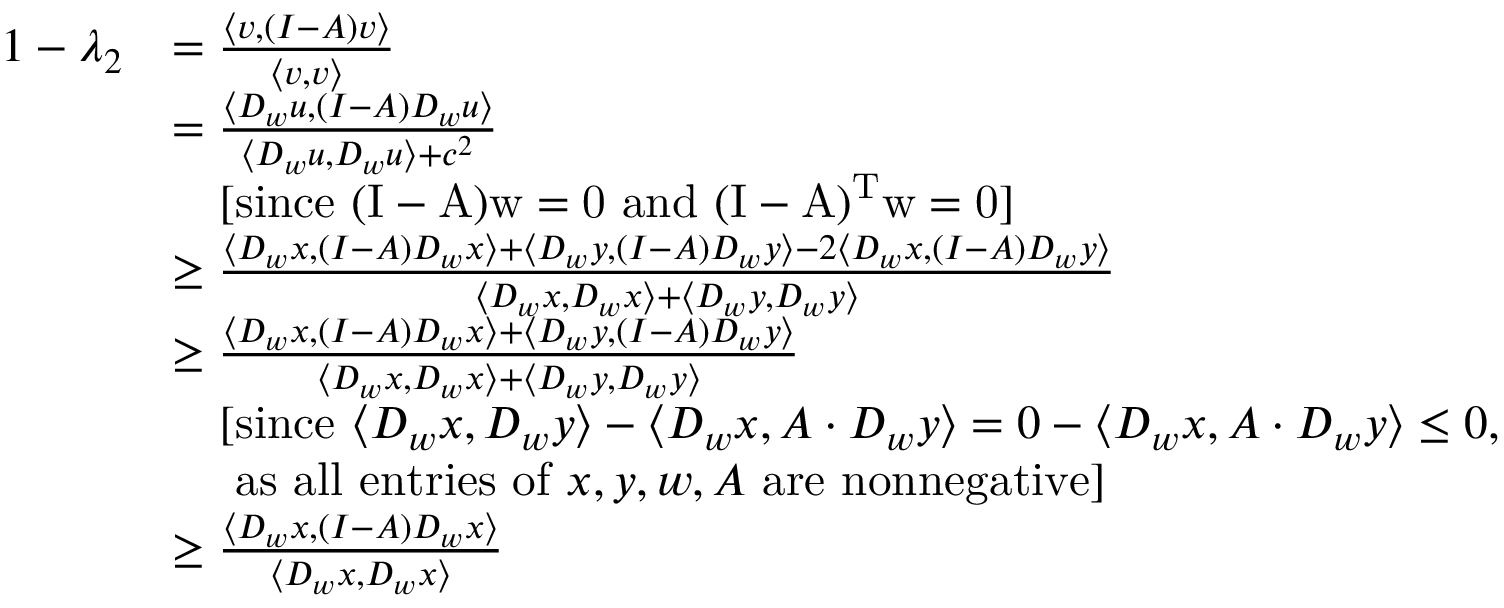
\begin{array} { r l } { 1 - \lambda _ { 2 } } & { = \frac { \langle v , ( I - A ) v \rangle } { \langle v , v \rangle } } \\ & { = \frac { \langle D _ { w } u , ( I - A ) D _ { w } u \rangle } { \langle D _ { w } u , D _ { w } u \rangle + c ^ { 2 } } } \\ & { \ \ \ [ \mathrm { s i n c e ~ \ensuremath { ( I - A ) w = 0 } ~ a n d ~ \ensuremath { ( I - A ) ^ { T } w = 0 } } ] } \\ & { \geq \frac { \langle D _ { w } x , ( I - A ) D _ { w } x \rangle + \langle D _ { w } y , ( I - A ) D _ { w } y \rangle - 2 \langle D _ { w } x , ( I - A ) D _ { w } y \rangle } { \langle D _ { w } x , D _ { w } x \rangle + \langle D _ { w } y , D _ { w } y \rangle } } \\ & { \geq \frac { \langle D _ { w } x , ( I - A ) D _ { w } x \rangle + \langle D _ { w } y , ( I - A ) D _ { w } y \rangle } { \langle D _ { w } x , D _ { w } x \rangle + \langle D _ { w } y , D _ { w } y \rangle } } \\ & { \ \ \ [ \mathrm { s i n c e ~ } \langle D _ { w } x , D _ { w } y \rangle - \langle D _ { w } x , A \cdot D _ { w } y \rangle = 0 - \langle D _ { w } x , A \cdot D _ { w } y \rangle \leq 0 , } \\ & { \ \ \ \ \mathrm { a s ~ a l l ~ e n t r i e s ~ o f ~ } x , y , w , A \mathrm { ~ a r e ~ n o n n e g a t i v e } ] } \\ & { \geq \frac { \langle D _ { w } x , ( I - A ) D _ { w } x \rangle } { \langle D _ { w } x , D _ { w } x \rangle } } \end{array}